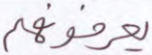
يعرفونه